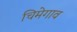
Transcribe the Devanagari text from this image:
चिमेगाव